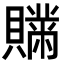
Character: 𧸅